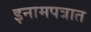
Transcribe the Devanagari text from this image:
इनामपत्रात